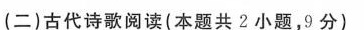
(二)古代诗歌阅读(本题共2小题，9分)